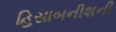
હિસાબનીશની